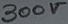
Text: 300V